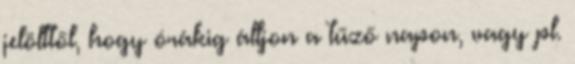
jelölttől, hogy órákig álljon a tűző napon, vagy pl.